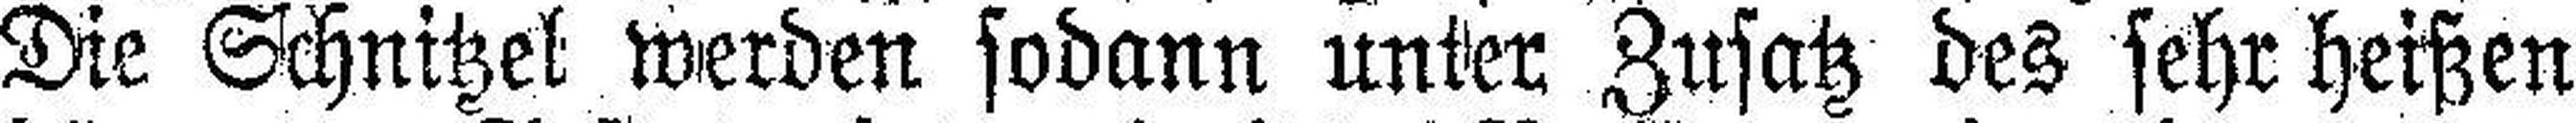
Die Schnitzel werden sodann unter Zusatz des sehr heißen